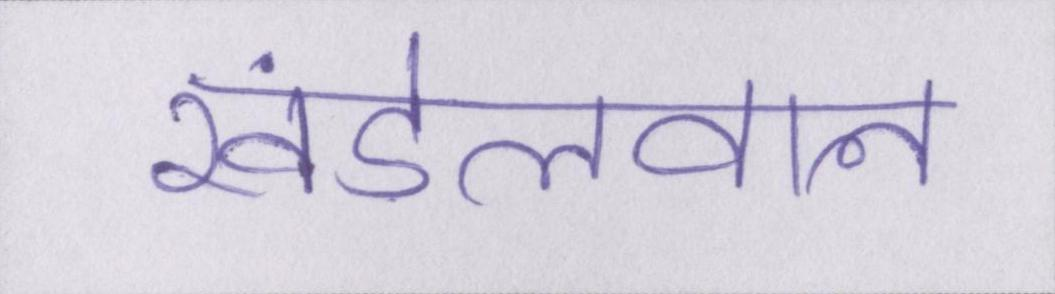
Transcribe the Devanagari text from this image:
खंडेलवाल